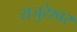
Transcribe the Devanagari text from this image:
राजुरेश्वर